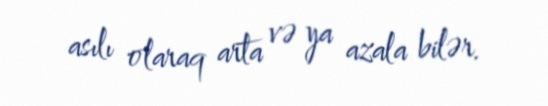
asılı olaraq arta və ya azala bilər.